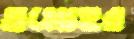
তমোহর